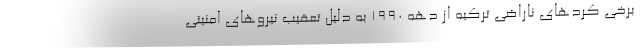
برخی کرد‌های ناراضی ترکیه از دهه ۱۹۹۰ به دلیل تعقیب نیرو‌های امنیتی